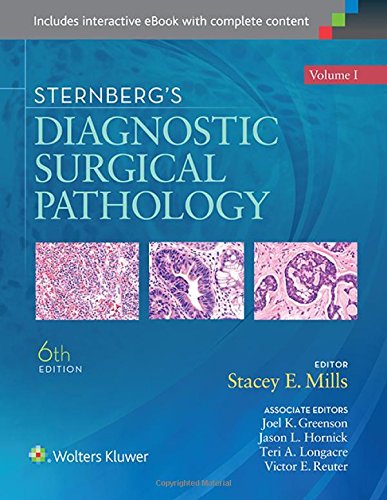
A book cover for Sternberg's Diagnostic Surgical Pathology [2 - Volume Set]; Stacey E Mills MD; Medical Books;